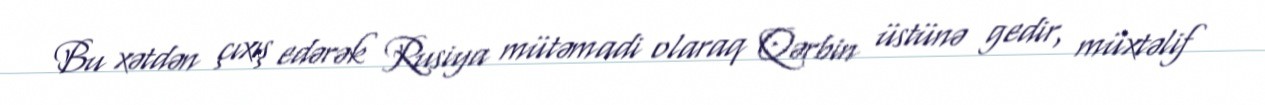
Bu xətdən çıxış edərək Rusiya mütəmadi olaraq Qərbin üstünə gedir, müxtəlif